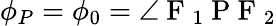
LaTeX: \displaystyle\phi_{P}=\phi_{0}=\angle\mathrm{~F~}_{1}\mathrm{~P~F~}_{2}